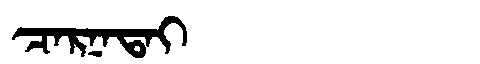
Manchu: ᠴᠠᡵᠨᠠᡨᠠᡳ
Romanization: CARNATAI